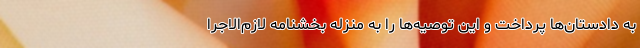
به دادستان‌ها پرداخت و این توصیه‌ها را به منزله بخشنامه لازم‌الاجرا